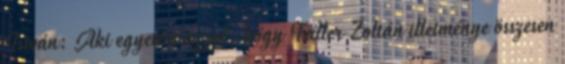
István: Aki egyetért azzal, hogy Faller Zoltán illetménye összesen